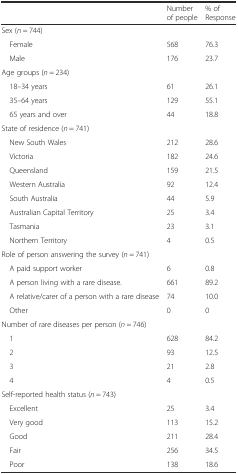
|  | Number of people | % of Response |
 | --- | --- | --- |
 | Sex (n = 744) |  |  |
 | Female | 568 | 76.3 |
 | Male | 176 | 23.7 |
 | Age groups (n = 234) |  |  |
 | 18–34 years | 61 | 26.1 |
 | 35–64 years | 129 | 55.1 |
 | 65 years and over | 44 | 18.8 |
 | State of residence (n = 741) |  |  |
 | New South Wales | 212 | 28.6 |
 | Victoria | 182 | 24.6 |
 | Queensland | 159 | 21.5 |
 | Western Australia | 92 | 12.4 |
 | South Australia | 44 | 5.9 |
 | Australian Capital Territory | 25 | 3.4 |
 | Tasmania | 23 | 3.1 |
 | Northern Territory | 4 | 0.5 |
 | Role of person answering the survey (n = 741) |  |  |
 | A paid support worker | 6 | 0.8 |
 | A person living with a rare disease. | 661 | 89.2 |
 | A relative/carer of a person with a rare disease | 74 | 10.0 |
 | Other | 0 | 0 |
 | Number of rare diseases per person (n = 746) |  |  |
 | 1 | 628 | 84.2 |
 | 2 | 93 | 12.5 |
 | 3 | 21 | 2.8 |
 | 4 | 4 | 0.5 |
 | Self-reported health status (n = 743) |  |  |
 | Excellent | 25 | 3.4 |
 | Very good | 113 | 15.2 |
 | Good | 211 | 28.4 |
 | Fair | 256 | 34.5 |
 | Poor | 138 | 18.6 |